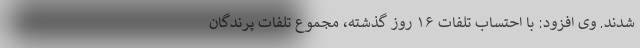
شدند. وی افزود: با احتساب تلفات ۱۶ روز گذشته، مجموع تلفات پرندگان